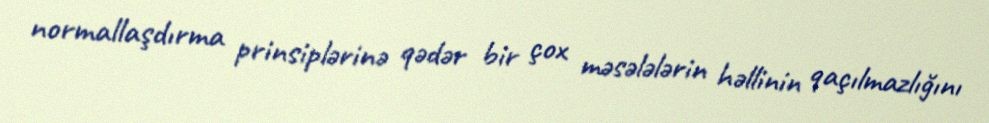
normallaşdırma prinsiplərinə qədər bir çox məsələlərin həllinin qaçılmazlığını